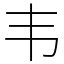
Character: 韦